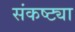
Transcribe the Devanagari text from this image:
संकष्ट्या